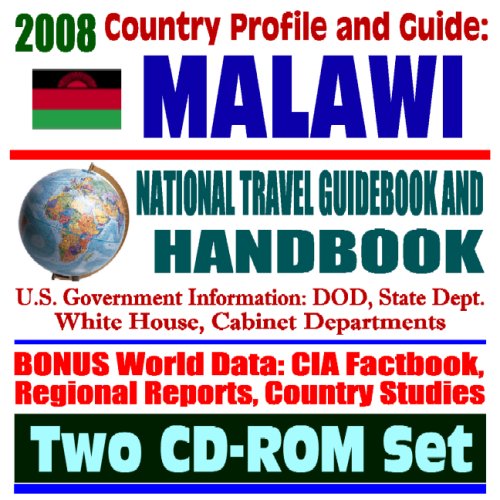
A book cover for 2008 Country Profile and Guide to Malawi- National Travel Guidebook and Handbook - USAID, Doing Business, African Crisis Response Initiative, Peace Corps, Energy in Africa (Two CD-ROM Set); U.S. Government; Travel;